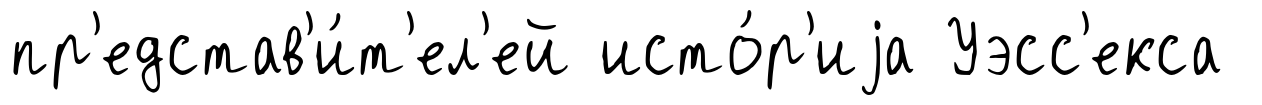
пр'едстав'и́т'ел'ей исто́р'иjа Уэсс'екса